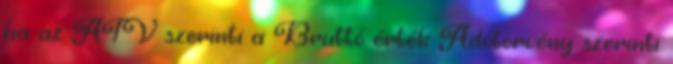
ha az ATV szerinti a Bruttó érték Adótörvény szerinti